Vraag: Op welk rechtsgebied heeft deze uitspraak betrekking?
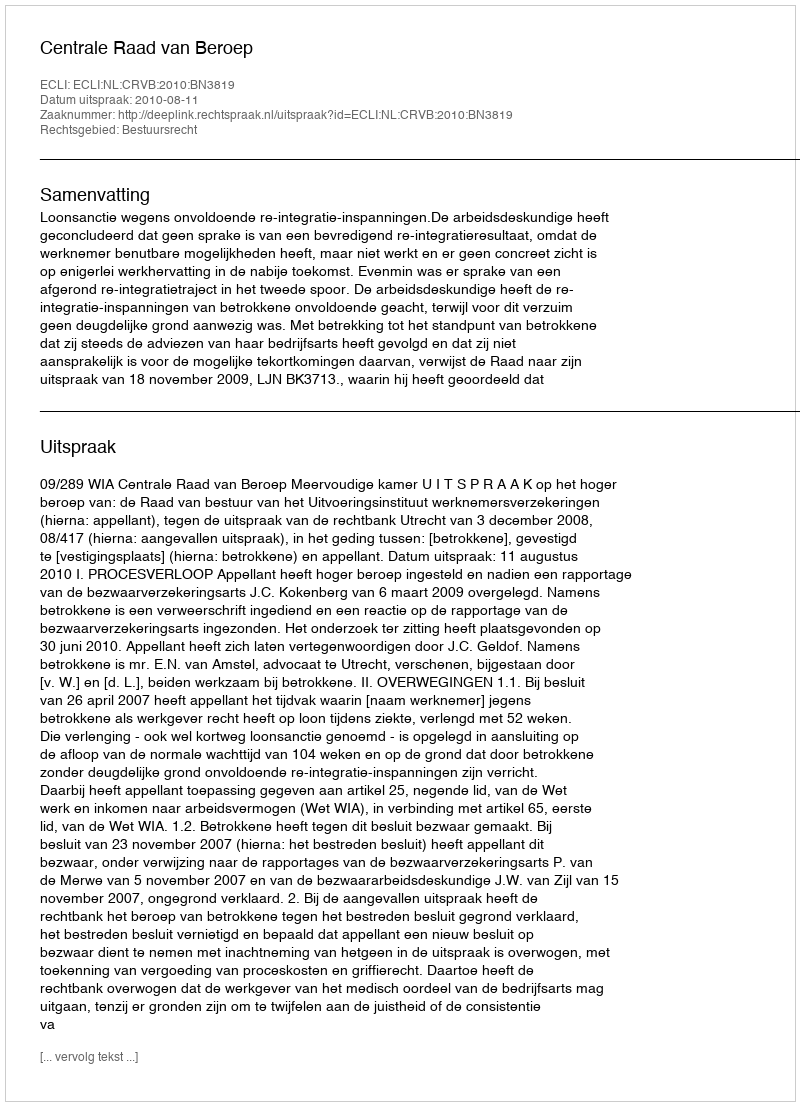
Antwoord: Bestuursrecht